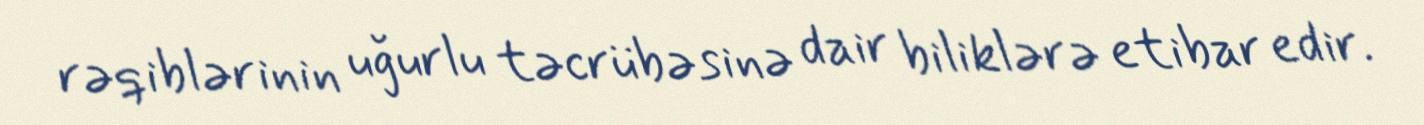
rəqiblərinin uğurlu təcrübəsinə dair biliklərə etibar edir.